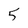
Character: 5